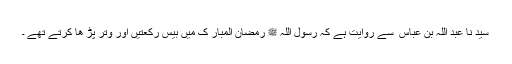
سید نا عبد اللہ بن عباس ؓ سے روایت ہے کہ رسول اللہ ﷺ رمضان المبار ک میں بیس رکعتیں اور وتر پڑ ھا کرتے تھے ۔